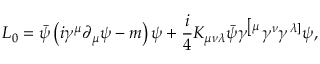
{ \cal L } _ { 0 } = \bar { \psi } \left( i \gamma ^ { \mu } \partial _ { \mu } \psi - m \right) \psi + \frac { i } { 4 } K _ { \mu \nu \lambda } \bar { \psi } \gamma ^ { \left[ \mu \right. } \gamma ^ { \nu } \gamma ^ { \left. \lambda \right] } \psi ,